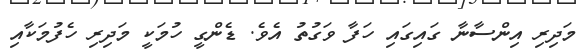
މަދިރި އިންސާނާ ގައިގައި ހަފާ ވަގުތު އެވެ. ޑެންގީ ހުމަކީ މަދިރި ހެފުމަކާއި